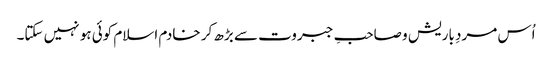
اُس مردِ باریش و صاحبِ جبروت سے بڑھ کر خادم اسلام کوئی ہو نہیں سکتا۔